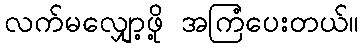
လက်မလျှော့ဖို့ အကြံပေးတယ်။